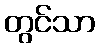
တွင်သာ